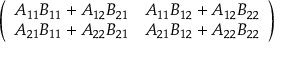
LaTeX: \left( \begin{array} { l l } { A _ { 1 1 } B _ { 1 1 } + A _ { 1 2 } B _ { 2 1 } } & { A _ { 1 1 } B _ { 1 2 } + A _ { 1 2 } B _ { 2 2 } } \\ { A _ { 2 1 } B _ { 1 1 } + A _ { 2 2 } B _ { 2 1 } } & { A _ { 2 1 } B _ { 1 2 } + A _ { 2 2 } B _ { 2 2 } } \end{array} \right)